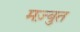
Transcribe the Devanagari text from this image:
मज़्बुत